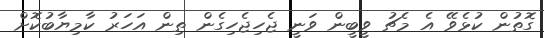
ގޮތުން ކުޅެވޭ އެ މެޗު ވީބީން ވަނީ ޖެހިޖެހިގެން ތިން އަހަރު ކާމިޔާބުކޮށް